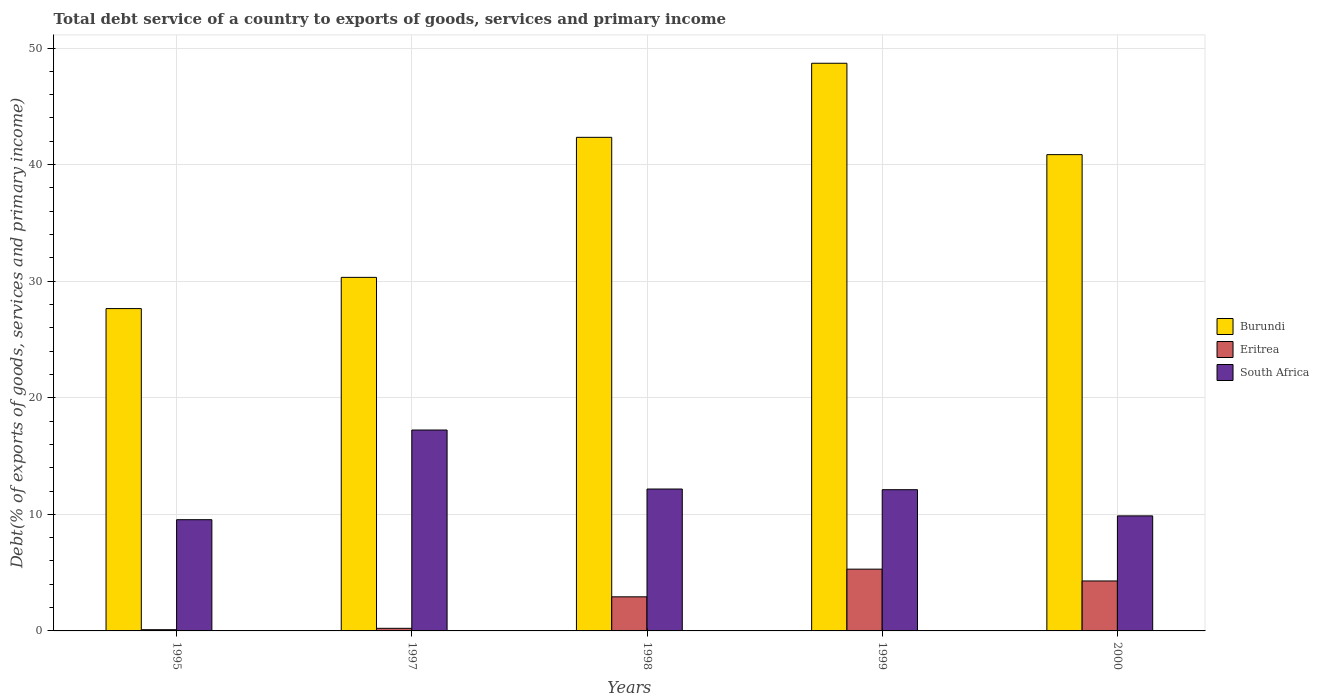
| Years | Burundi | Eritrea | South Africa |
 | --- | --- | --- | --- |
 | 1995 | 27.6 | 0.105 | 9.54 |
 | 1997 | 30.3 | 0.223 | 17.2 |
 | 1998 | 42.3 | 2.92 | 12.2 |
 | 1999 | 48.7 | 5.3 | 12.1 |
 | 2000 | 40.9 | 4.29 | 9.87 |